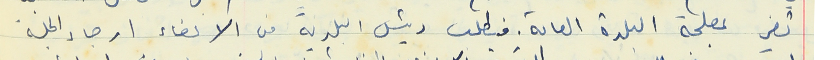
تضر بمصلحة البلدة العامة. فيطلب رئيس البلدية من الاعضاء ارجاء الجلسة